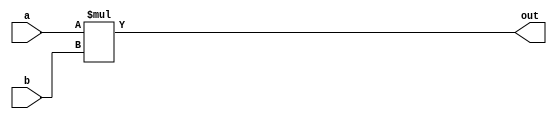
module mult
	#(
	parameter WIDTH_A = 8,
	parameter WIDTH_B = 8
	)
	(
	//input	signed		[WIDTH_A-1:0] 			a,
	//input	signed		[WIDTH_B-1:0] 			b,
	//output	reg	signed	[WIDTH_A+WIDTH_B-1:0]	out
	input		[WIDTH_A-1:0] 			a,
	input		[WIDTH_B-1:0] 			b,
	output	reg	[WIDTH_A+WIDTH_B-1:0]	out
    );

	always@* out = 	a*b;

endmodule